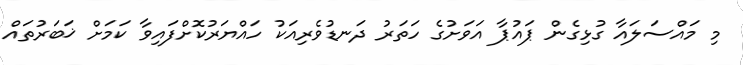
މި މައްސަލައާ ގުޅިގެން ޕައުޕާ އަވަށުގެ ހަތަރު ދަނޑުވެރިއަކު ހައްޔަރުކޮށްފައިވާ ކަމަށް ޚަބަރުތައް